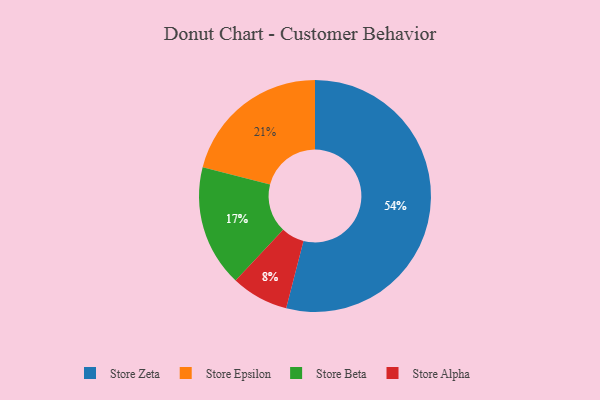
{"axis": {"x": "Category", "y": "Percentage"}, "legend": ["Store Alpha", "Store Beta", "Store Epsilon", "Store Zeta"], "data": [{"x": "Store Zeta", "y": 54, "type": "Store Zeta"}, {"x": "Store Alpha", "y": 8, "type": "Store Alpha"}, {"x": "Store Epsilon", "y": 21, "type": "Store Epsilon"}, {"x": "Store Beta", "y": 17, "type": "Store Beta"}]}